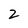
Character: 2